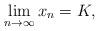
LaTeX: \begin{align*} \lim_{n\to\infty}x_n=K,\end{align*}